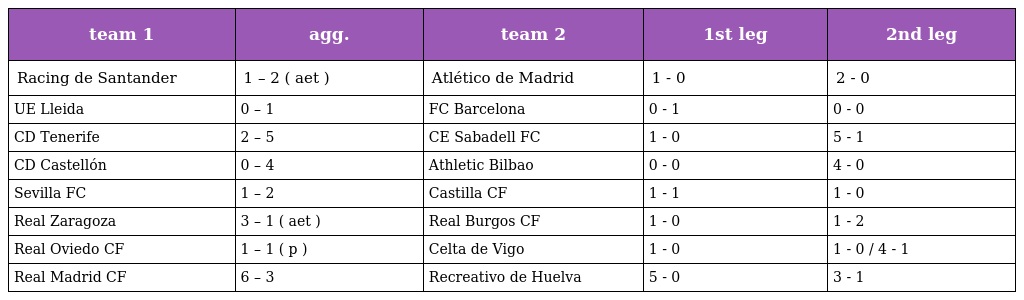
| team 1 | agg. | team 2 | 1st leg | 2nd leg |
 | --- | --- | --- | --- | --- |
 | Racing de Santander | 1 – 2 ( aet ) | Atlético de Madrid | 1 - 0 | 2 - 0 |
 | UE Lleida | 0 – 1 | FC Barcelona | 0 - 1 | 0 - 0 |
 | CD Tenerife | 2 – 5 | CE Sabadell FC | 1 - 0 | 5 - 1 |
 | CD Castellón | 0 – 4 | Athletic Bilbao | 0 - 0 | 4 - 0 |
 | Sevilla FC | 1 – 2 | Castilla CF | 1 - 1 | 1 - 0 |
 | Real Zaragoza | 3 – 1 ( aet ) | Real Burgos CF | 1 - 0 | 1 - 2 |
 | Real Oviedo CF | 1 – 1 ( p ) | Celta de Vigo | 1 - 0 | 1 - 0 / 4 - 1 |
 | Real Madrid CF | 6 – 3 | Recreativo de Huelva | 5 - 0 | 3 - 1 |